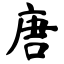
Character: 唐